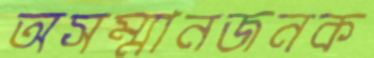
অসম্মানজনক